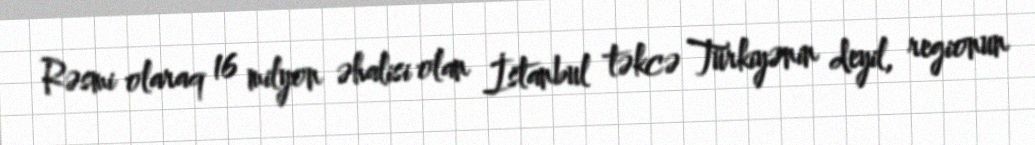
Rəsmi olaraq 16 milyon əhalisi olan İstanbul təkcə Türkiyənin deyil, regionun